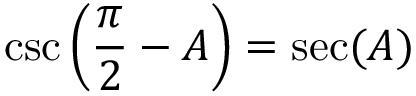
\csc \left( { \frac { \pi } { 2 } } - A \right) = \sec ( A )